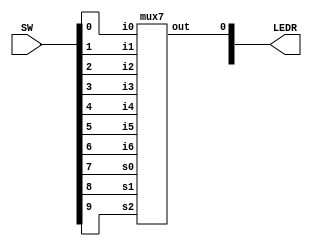
module mux7to1(LEDR, SW);
	input [9:0] SW;
	output [9:0] LEDR;
	
	mux7 m(
		.i0(SW[0]),
		.i1(SW[1]),
		.i2(SW[2]),
		.i3(SW[3]),
		.i4(SW[4]),
		.i5(SW[5]),
		.i6(SW[6]),
		.s0(SW[7]),
		.s1(SW[8]),
		.s2(SW[9]),
		.out(LEDR[0]));
		
endmodule

module mux7(i0, i1, i2, i3, i4, i5, i6, s0, s1, s2, out);
	input i0, i1, i2, i3, i4, i5, i6;
	input s0, s1, s2;
	output out;
	
	reg out;

	always @(*)
	begin
		case ({s2, s1, s0})
			3'b000: out = i0;
			3'b001: out = i1;
			3'b010: out = i2;
			3'b011: out = i3;
			3'b100: out = i4;
			3'b101: out = i5;
			3'b110: out = i6;
			default: out = i6;
		endcase
	end
endmodule